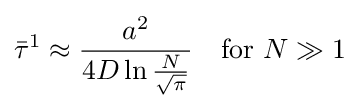
{\bar {\tau }}^{1}\approx {\frac {a^{2}}{4D\ln {\frac {N}{\sqrt {\pi }}}}}\quad {\mbox{for}}\ N\gg 1